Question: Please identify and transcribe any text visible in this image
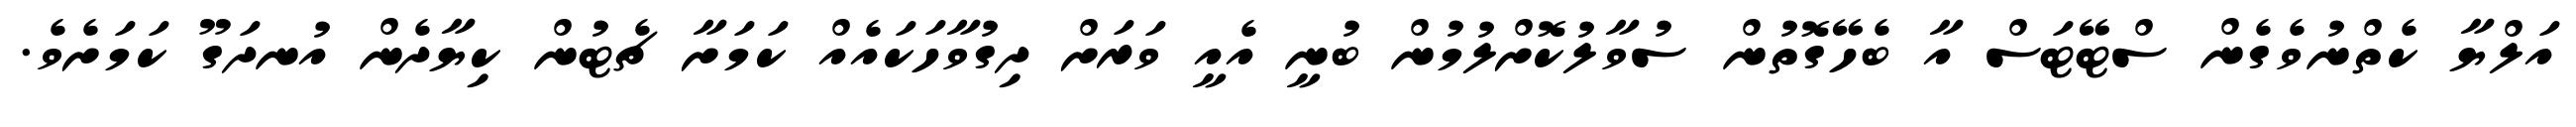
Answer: އަލްޔާ ކެތްނުވެގެން ސްޓޭޓަސް އާ ބެހޭގޮތުން ސުވާލުކޮށްލުމުން ބުނީ އެއީ ވަރަށް ދިގުވާހަކައެއް ކަމަށާ ޗެޓުން ކިޔާދެން އުނދަގޫ ކަމަށެވެ.